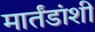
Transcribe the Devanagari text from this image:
मार्तंडांशी